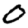
Digit: 0